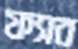
ফ্যাব